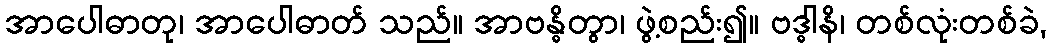
အာပေါဓာတု၊ အာပေါဓာတ် သည်။ အာဗန္ဓိတွာ၊ ဖွဲ့စည်း၍။ ဗဒ္ဓါနိ၊ တစ်လုံးတစ်ခဲ,